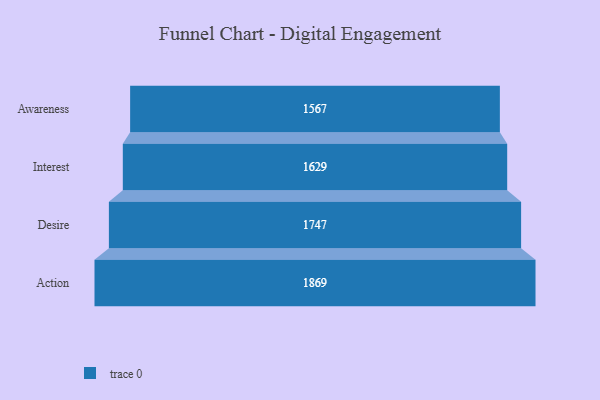
{"axis": {"x": "Stage", "y": "Value"}, "legend": [""], "data": [{"x": "Awareness", "y": 1567.0, "type": ""}, {"x": "Interest", "y": 1629.0, "type": ""}, {"x": "Desire", "y": 1747.0, "type": ""}, {"x": "Action", "y": 1869.0, "type": ""}]}